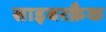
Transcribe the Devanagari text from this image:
साइबरक्रैक